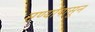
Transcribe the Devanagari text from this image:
मण्यांपासून